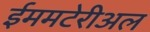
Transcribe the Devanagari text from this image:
ईममटेरीअल